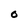
Character: 0